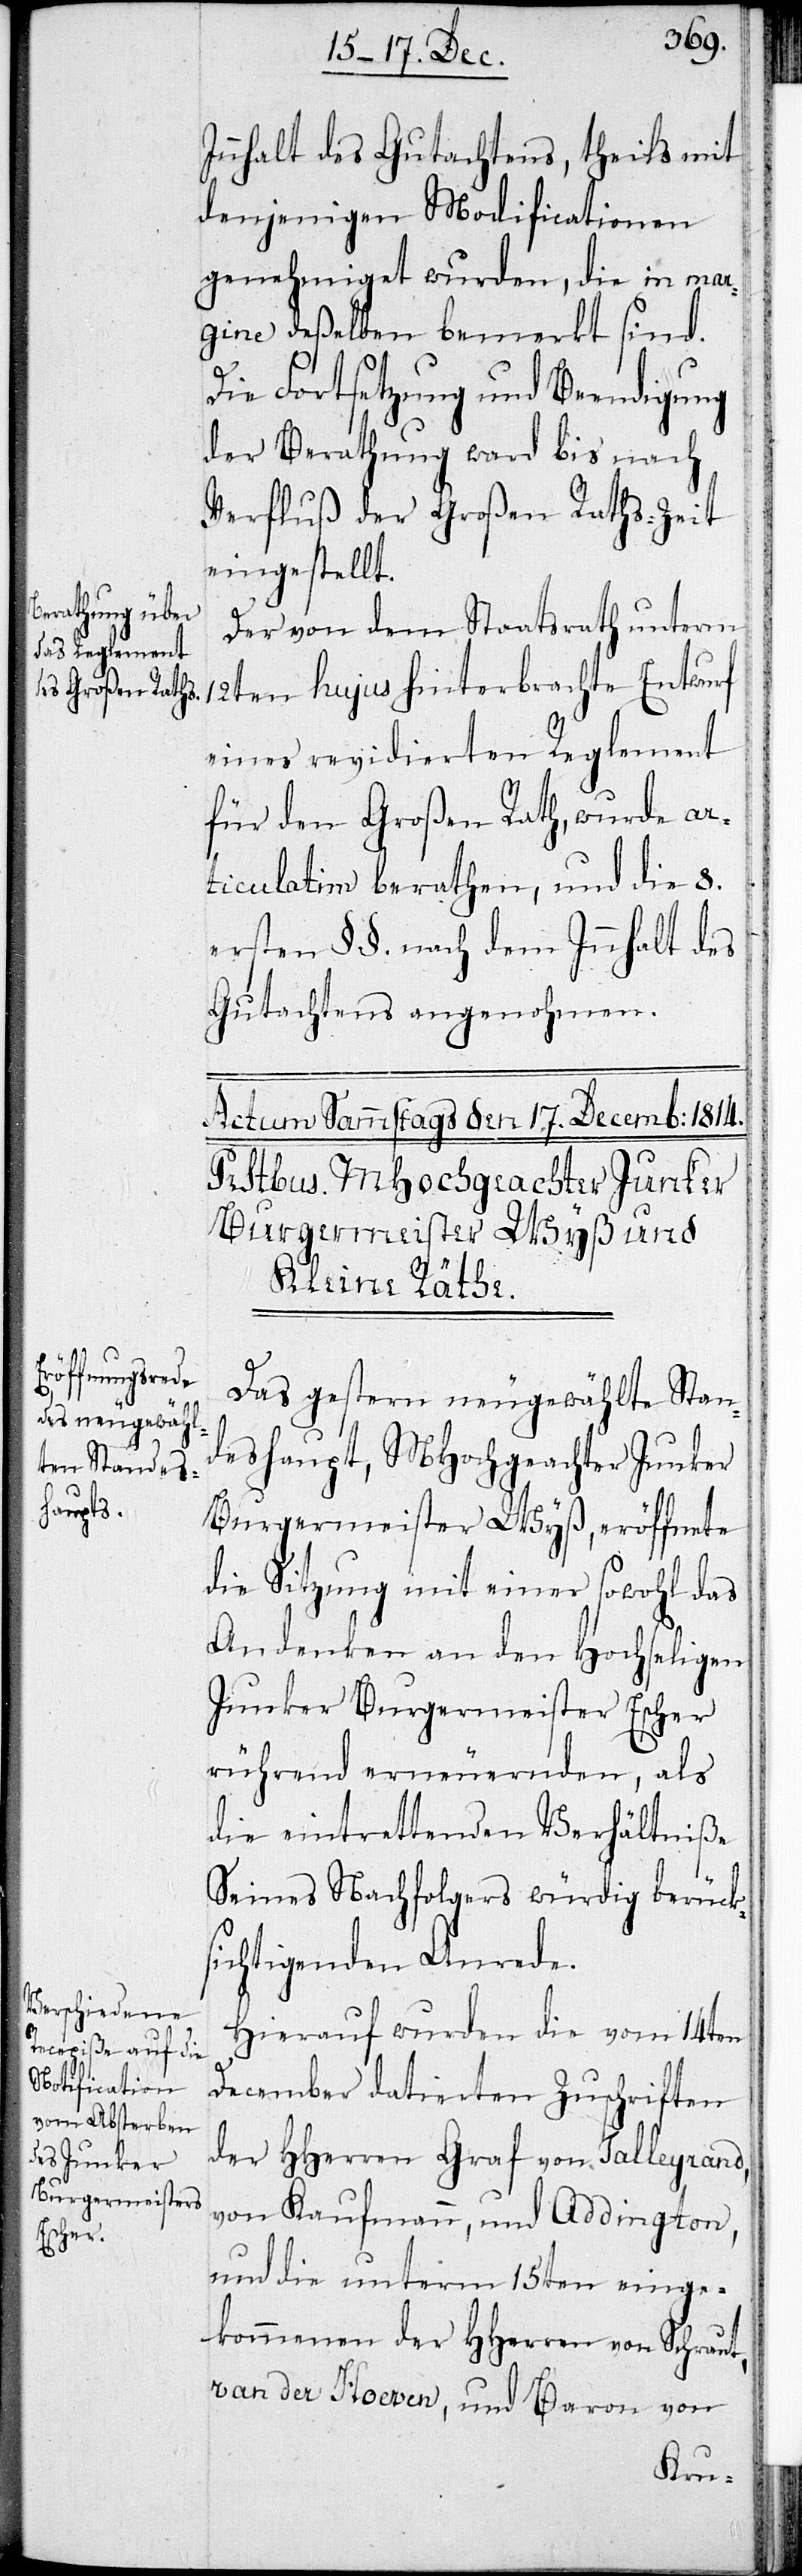
Innhalt des Gutachtens, theils mit
denjenigen Modificationen
genehmiget wurden, die in mar¬
gine deßelben bemerkt sind.
Die Fortsetzung und Beendigung
der Berathung ward bis nach
Verfluß der Großen Raths-Zeit
eingestellt.
Der von dem Staatsrath unterm
12ten hujus hinterbrachte Entwurf
eines revidierten Reglement
für den Großen Rath, wurde ar¬
ticulatim berathen, und die 8.
ersten §§. nach dem Innhalt des
Gutachtens angenohmen.
Das gestern neugewählte Stan¬
deshaupt, MHochgeachter Junker
Burgermeister Wyß, eröffnete
die Sitzung mit einer sowohl das
Andenken an den Hochseligen
Junker Burgermeister Escher
rührend erneuernden, als
die eintrettenden Verhältniße
seines Nachfolgers würdig berücks¬
ichtigenden Anrede.
Hierauf wurden die vom 14ten
December datierten Zuschriften
der HHerren Graf von Talleyrand,
von Kaufmann, und Addington
und die unterm 15ten einge¬
kommenen der HHerren von Schraut,
van der Hoeven, und Baron von